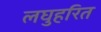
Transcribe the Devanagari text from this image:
लघुहरित